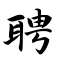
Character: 聘